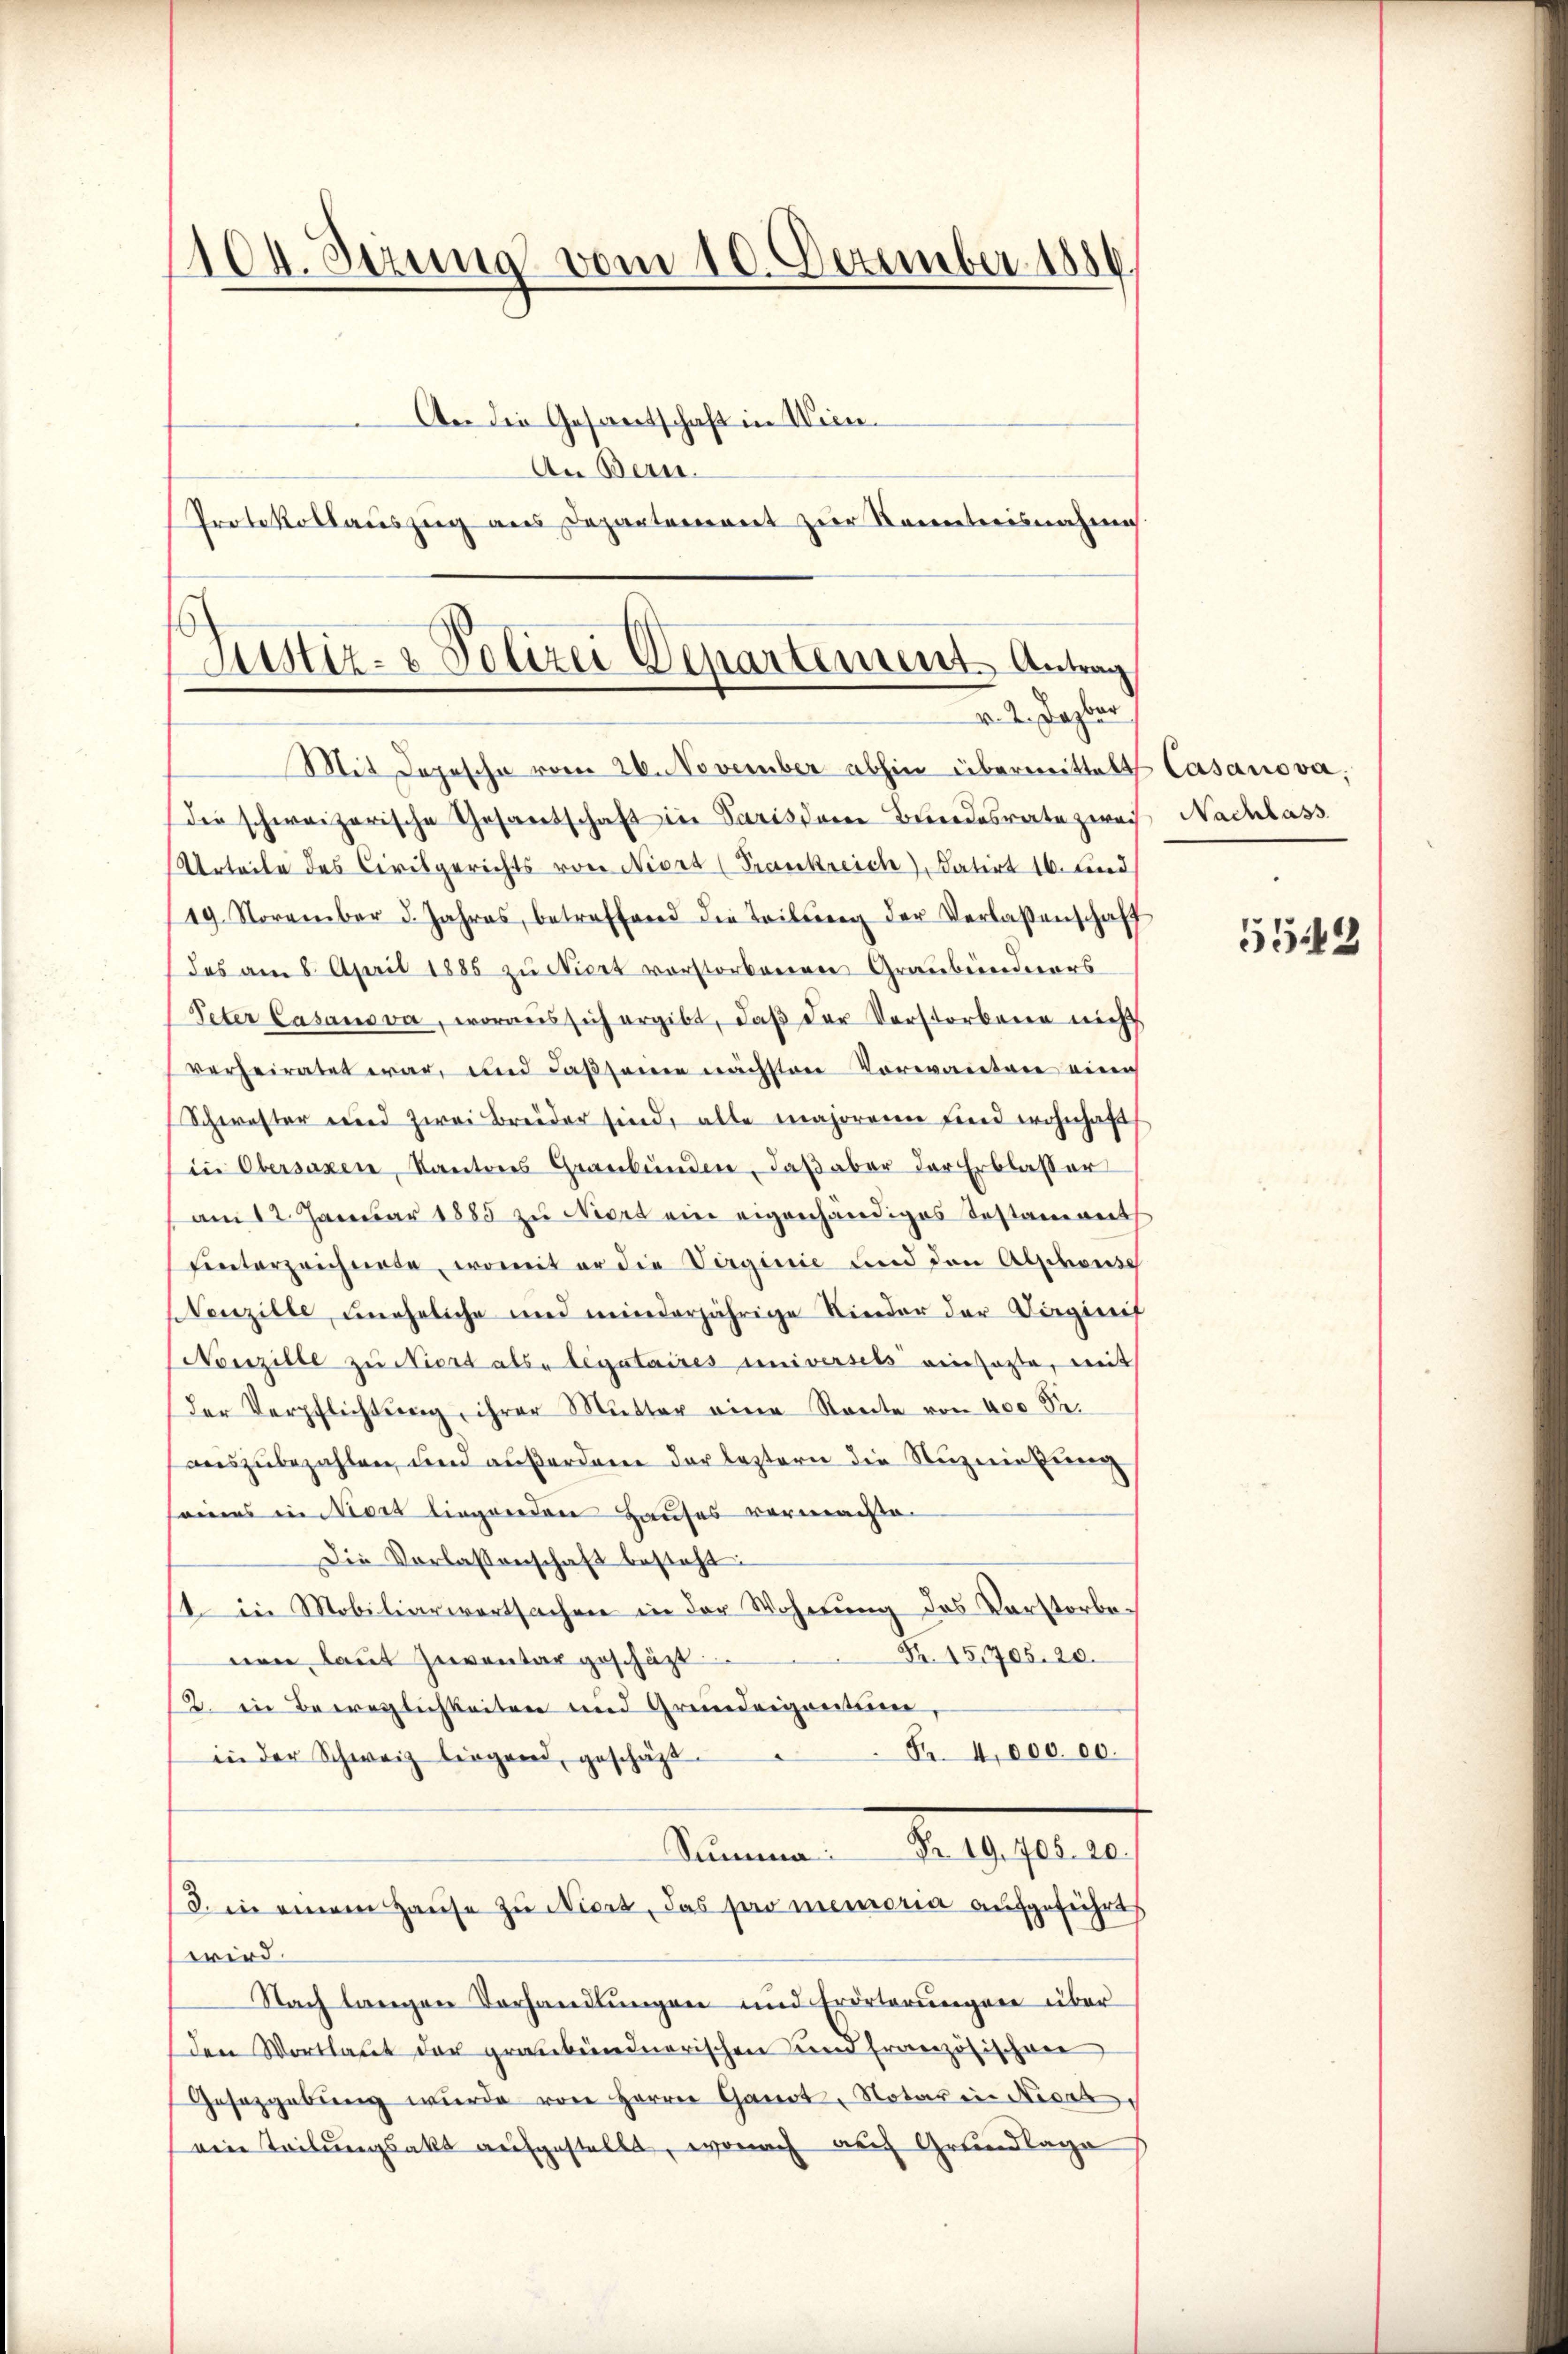
104. Jezuna vom 10. Dezember 1886
An die Gesantschaft in Wien.
An Bern.
Protokollauszug aus Departement zur Kenntnisnahme

Justiz- & Polizei Departement Antrag
v. 2. Dazbar
Mit Depesche vom 26. November abhin übermittelt Casanova,

die schweizerische Gesandschaft in Paris deren Bundesrate zwei Nachlass
Urteile des Civilgerichts von Niort (Trankreich datirt 16. und
19. November d. Jahres, betreffend die Teilung der Verlassenschaft
das am 8. April 1885 zu Niert vorstorbenen Graubünderers
Peter Casans va, woraus sich ergibt, daβ der Verstorbene nich
verheiratet war, und Cassaine nächsten Vorwanten eine
Schwester und zwei Breider sind, alle majorenn sind wohnhaft
in Obersaxen, Kantons Graubünden, daß aber der Erblasser
am 12. Januar 1885 zu Neort ein eigenhändiges Testaniert
hinterzeichnete, womit er die Virginie und den Alphonse
NVenzille uneheliche und minderjährige Kinder der Dirginit
Nonzille zu Niort als legataires universels einsatte, mit
der Verpflichtung, ihrer Mutter eine Rente von 400 Se.
auszubezahlen, und außerden der leztern die Nuzeitung
eines in Niert liegenden Hauses vormachte.
Die Vorlassenschaft besteht:
1 in Mobiliarwertsachen in der Wohnung des Verstorbenen laut Inventar geschäzt . . 15705. 20.
2. in Beweglichkeiten und Grundeigentum,
Nr. 4,000. 00.
in der Schweiz liegend, geschäzt.
Rates par le
Summa:
3. in einem Haŭse zu Niert, das pro memoria aufgeführt
wird.
Nach langen Vorhandlungen und Erörterungen über
den Wortlaut der graubündnerischen und französischen
Gesetzgebung wurde von Herrn Gandt, Notar in Nierz,
ein Teilungsakt aufgestellt, wonach auf Grundlage

5543